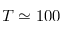
T \simeq 1 0 0